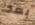
بعد